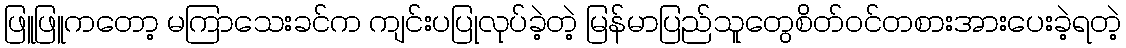
ဖြူဖြူကတော့ မကြာသေးခင်က ကျင်းပပြုလုပ်ခဲ့တဲ့ မြန်မာပြည်သူတွေစိတ်ဝင်တစားအားပေးခဲ့ရတဲ့